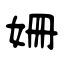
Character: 姗